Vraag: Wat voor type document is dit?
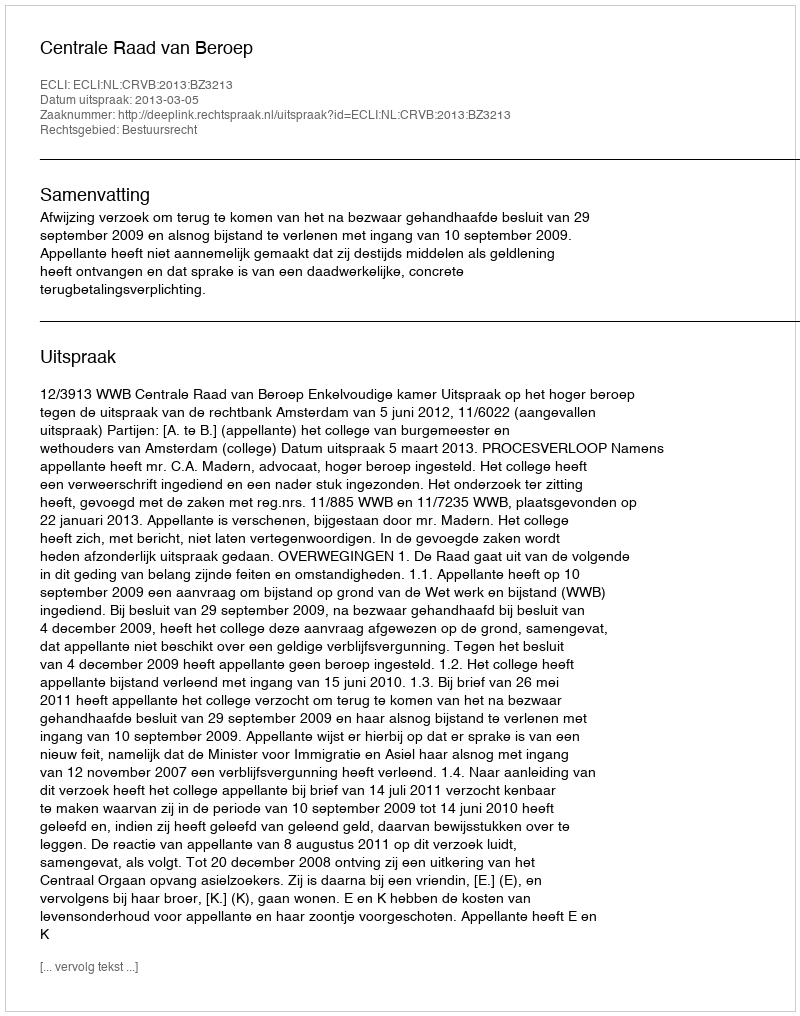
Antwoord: Uitspraak